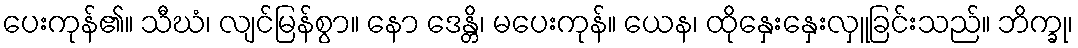
ပေးကုန်၏။ သီဃံ၊ လျင်မြန်စွာ။ နော ဒေန္တိ၊ မပေးကုန်။ ယေန၊ ထိုနှေးနှေးလှူခြင်းသည်။ ဘိက္ခု၊